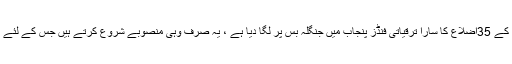
راجہ ریاض احمد نے کہا کہ پنجاب کے 35اضلاع کا سارا ترقیاتی فنڈز پنجاب میں جنگلہ بس پر لگا دیا ہے ، یہ صرف وہی منصوبے شروع کرتے ہیں جس کے لئے اتفاق فاؤنڈری کا لوہا بیچنا ہوتا ہے ۔